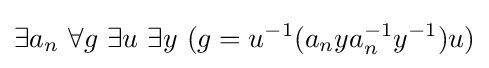
\exists a_{n}\ \forall g\ \exists u\ \exists y\ (g=u^{-1}(a_{n}ya_{n}^{-1}y^{-1})u)